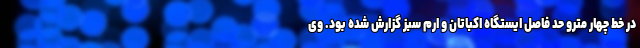
در خط چهار مترو حد فاصل ایستگاه اکباتان و ارم سبز گزارش شده بود. وی